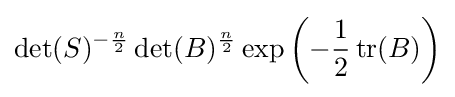
\det(S)^{-{\frac {n}{2}}}\det(B)^{\frac {n}{2}}\exp \left(-{1 \over 2}\operatorname {tr} (B)\right)